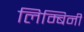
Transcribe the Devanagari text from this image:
लिम्बिनी